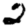
Digit: 2